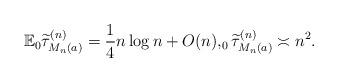
\begin{align*} \mathbb{E}_0\widetilde{\tau}^{(n)}_{M_n(a)}=\frac{1}{4}n\log n+O(n), _0\widetilde{\tau}^{(n)}_{M_n(a)}\asymp n^2.\end{align*}